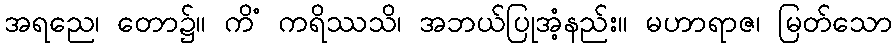
အရညေ၊ တော၌။ ကိံ ကရိဿသိ၊ အဘယ်ပြုအံ့နည်း။ မဟာရာဇ၊ မြတ်သော